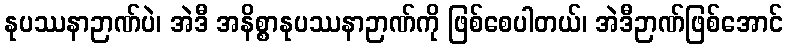
နုပဿနာဉာဏ်ပဲ၊ အဲဒီ အနိစ္စာနုပဿနာဉာဏ်ကို ဖြစ်စေပါတယ်၊ အဲဒီဉာဏ်ဖြစ်အောင်